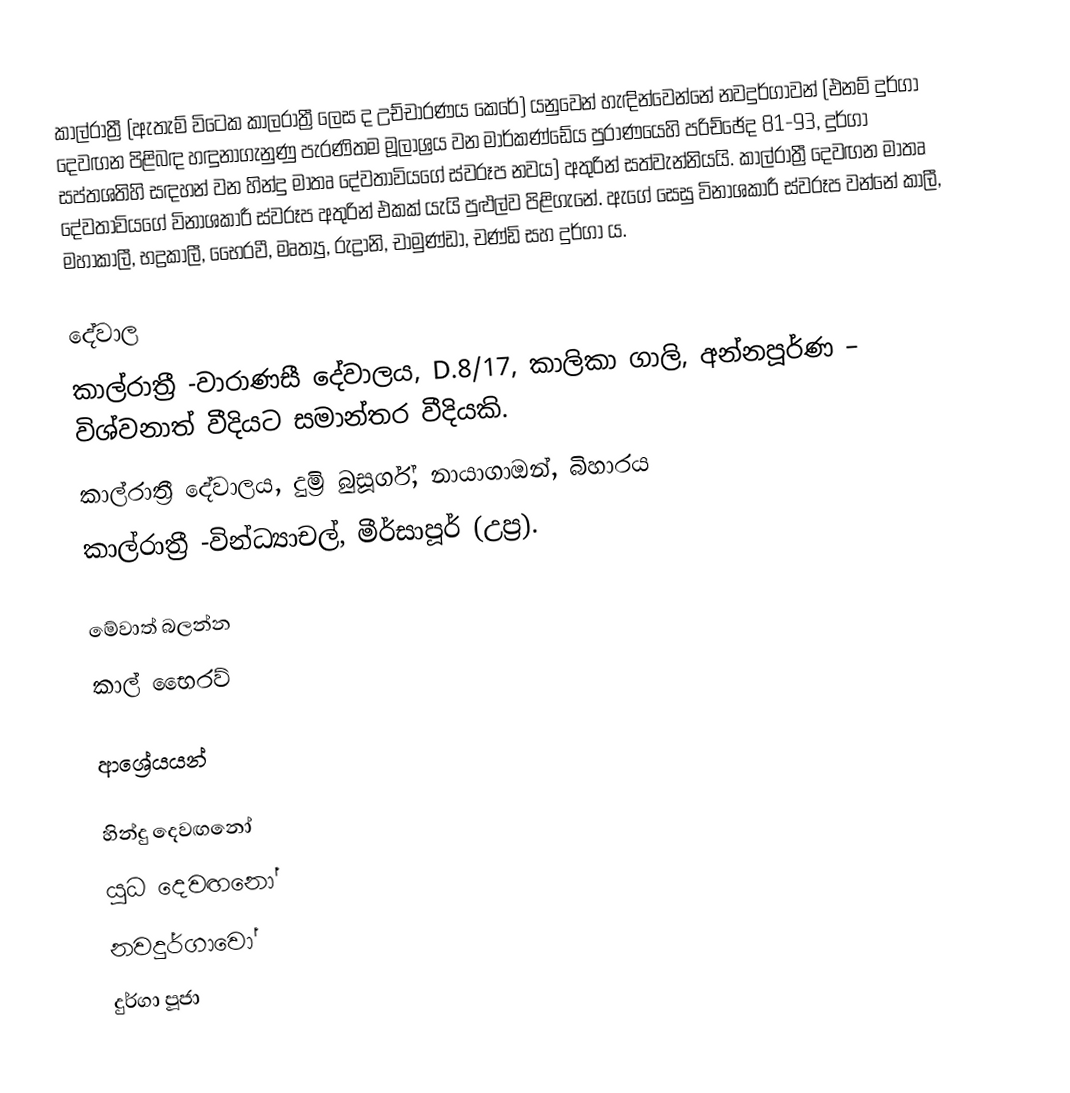
කාල්රාත්‍රී (ඇතැම් විටෙක කාලරාත්‍රී ලෙස ද උච්චාරණය කෙරේ) යනුවෙන් හැඳින්වෙන්නේ නවදුර්ගාවන් (එනම් දුර්ගා දෙවඟන පිළිබඳ හඳුනාගැනුණු පැරණිතම මූලාශ්‍රය වන මාර්කණ්ඩේය පුරාණයෙහි පරිච්ඡේද 81-93, දුර්ගා සප්තශතිහි සඳහන් වන හින්දු මාතෘ දේවතාවියගේ ස්වරූප නවය) අතුරින් සත්වැන්නියයි. කාල්රාත්‍රී දෙවඟන මාතෘ දේවතාවියගේ විනාශකාරී ස්වරූප අතුරින් එකක් යැයි පුළුල්ව පිළිගැනේ. ඇගේ සෙසු විනාශකාරී ස්වරූප වන්නේ කාලී, මහාකාලී, භද්‍රකාලී, භෛරවී, මෘත්‍යු, රුද්‍රානි, චාමුණ්ඩා, චණ්ඩි සහ දුර්ගා ය.

දේවාල
 කාල්රාත්‍රී -වාරාණසී දේවාලය, D.8/17, කාලිකා ගාලි, අන්නපූර්ණ – විශ්වනාත් වීදියට සමාන්තර වීදියකි.
 කාල්රාත්‍රී දේවාලය, දුම්‍රි බුසූර්ග්, නායාගාඔන්, බිහාරය
 කාල්රාත්‍රී -වින්ධ්‍යාචල්, මීර්සාපූර් (උප්‍ර).

මේවාත් බලන්න
 කාල් භෛරව්

ආශ්‍රේයයන්

හින්දු දෙවඟනෝ
යුධ දෙවඟනෝ
නවදුර්ගාවෝ
දුර්ගා පූජා